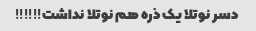
دسر نوتلا یک ذره هم نوتلا نداشت!!!!!!